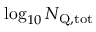
\log _ { 1 0 } \ensuremath { N _ { \mathrm { Q , t o t } } }